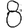
Digit: 8